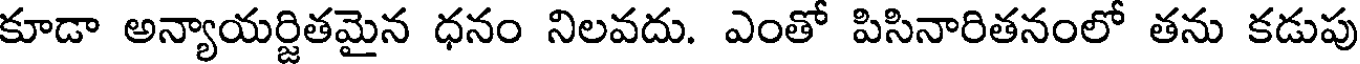
కూడా అన్యాయర్జితమైన ధనం నిలవదు. ఎంతో పిసినారితనంలో తను కడుపు